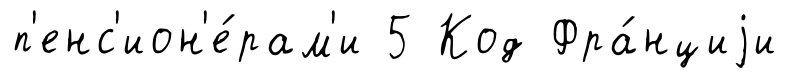
п'енс'ион'е́рам'и 5 Код Фра́нциjи